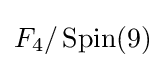
F_{4}/\operatorname {Spin} (9)